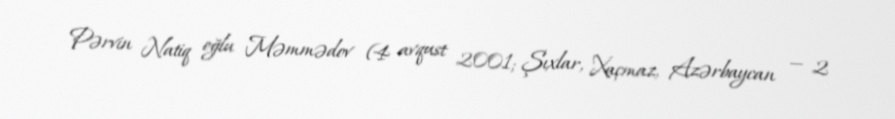
Pərvin Natiq oğlu Məmmədov (4 avqust 2001; Şıxlar, Xaçmaz, Azərbaycan — 2